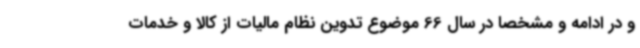
و در ادامه و مشخصا در سال 66 موضوع تدوین نظام مالیات از کالا و خدمات